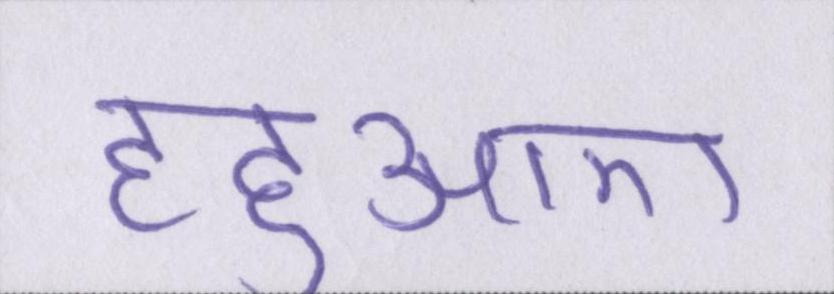
हहुआए